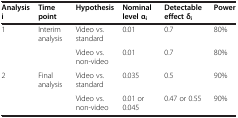
<table><thead><tr><td><b>Analysis i</b></td><td><b>Time point</b></td><td><b>Hypothesis</b></td><td><b>Nominal level α<sub>i</sub></b></td><td><b>Detectable effect δ<sub>i</sub></b></td><td><b>Power</b></td></tr></thead><tbody><tr><td>1</td><td>Interim analysis</td><td>Video vs. standard</td><td>0.01</td><td>0.7</td><td>80%</td></tr><tr><td> </td><td> </td><td>Video vs. non-video</td><td>0.01</td><td>0.7</td><td>80%</td></tr><tr><td>2</td><td>Final analysis</td><td>Video vs. standard</td><td>0.035</td><td>0.5</td><td>90%</td></tr><tr><td> </td><td> </td><td>Video vs. non-video</td><td>0.01 or 0.045</td><td>0.47 or 0.55</td><td>90%</td></tr></tbody></table>